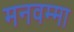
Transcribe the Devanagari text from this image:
मनवम्मा